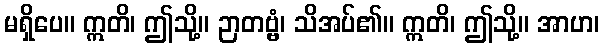
မရှိပေ။ ဣတိ၊ ဤသို့။ ဉာတဗ္ဗံ၊ သိအပ်၏။ ဣတိ၊ ဤသို့။ အာဟ၊